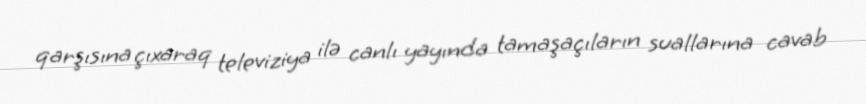
qarşısına çıxaraq televiziya ilə canlı yayında tamaşaçıların suallarına cavab